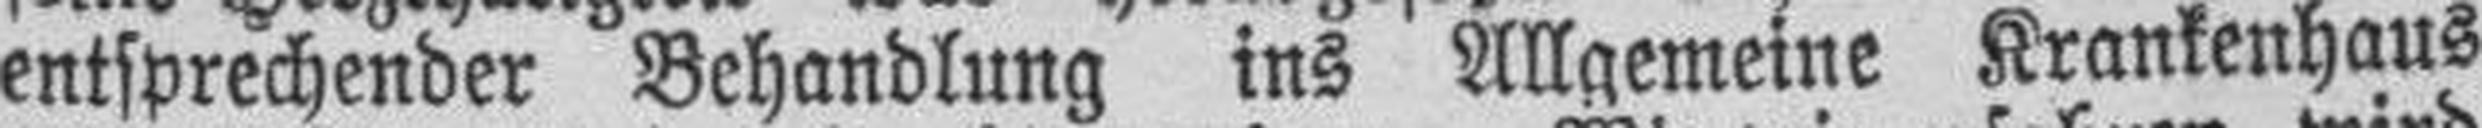
entsprechender Behandlung ins Allgemeine Krankenhaus